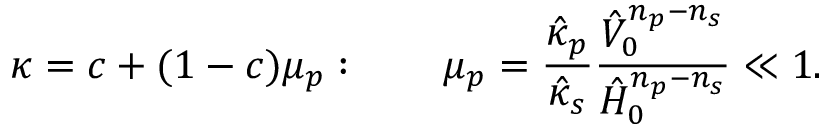
\kappa = c + ( 1 - c ) \mu _ { p } : ~ ~ ~ ~ ~ ~ \mu _ { p } = \frac { \hat { \kappa } _ { p } } { \hat { \kappa } _ { s } } \frac { \hat { V } _ { 0 } ^ { n _ { p } - n _ { s } } } { \hat { H } _ { 0 } ^ { n _ { p } - n _ { s } } } \ll 1 .